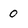
Character: 0